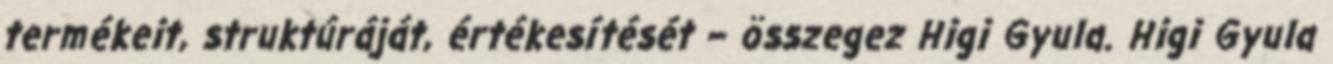
termékeit, struktúráját, értékesítését – összegez Higi Gyula. Higi Gyula